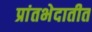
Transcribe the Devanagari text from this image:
प्रांतभेदातीत